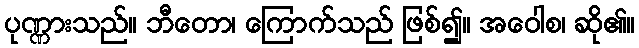
ပုဏ္ဏားသည်။ ဘီတော၊ ကြောက်သည် ဖြစ်၍။ အဝေါစ၊ ဆို၏။